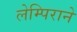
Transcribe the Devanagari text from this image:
लेम्पिराने